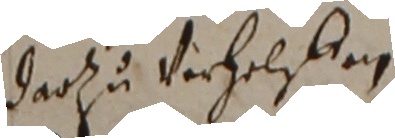
darzu Verhelfen